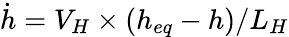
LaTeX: \dot{h}=V_{H}\times(h_{eq}-h)/L_{H}